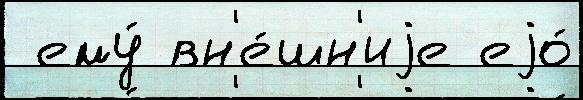
 ему́ вн'е́шн'иjе еjо́